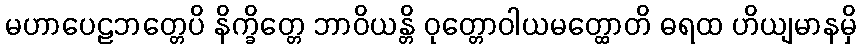
မဟာပေဠဘတ္တေပိ နိက္ခိတ္တေ ဘာဝိယန္တိ ဝုတ္တောဝါယမတ္ထောတိ ဓရထ ဟိယျမာနမှိ